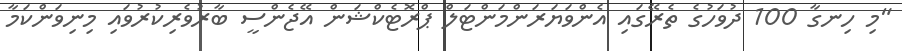
"މި ހިނގާ 100 ދުވަހުގެ ތެރޭގައި އެންވަޔަރަންމަންޓަލް ޕްރޮޓެކްޝަން އޭޖެންސީ ބާރުވެރިކުރުވައި މިނިވަންކަމާ